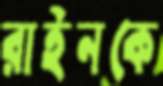
রাইনকে